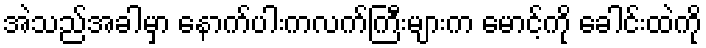
အဲသည်အခါမှာ နောက်ပါးကလက်ကြီးများက မောင့်ကို ခေါင်းထဲကို